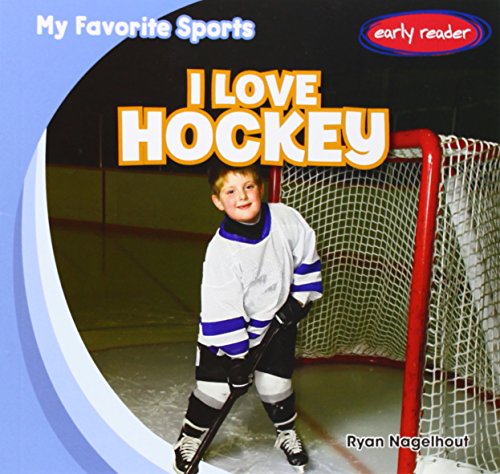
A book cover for I Love Hockey (My Favorite Sports); Ryan Nagelhout; Children's Books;